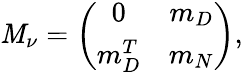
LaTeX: {\cal\mathit{M}}_{\nu}=\left(\begin{array}{cc}{{0}}&{{m_{D}}}\\ {{m_{D}^{T}}}&{{m_{N}}}\end{array}\right),